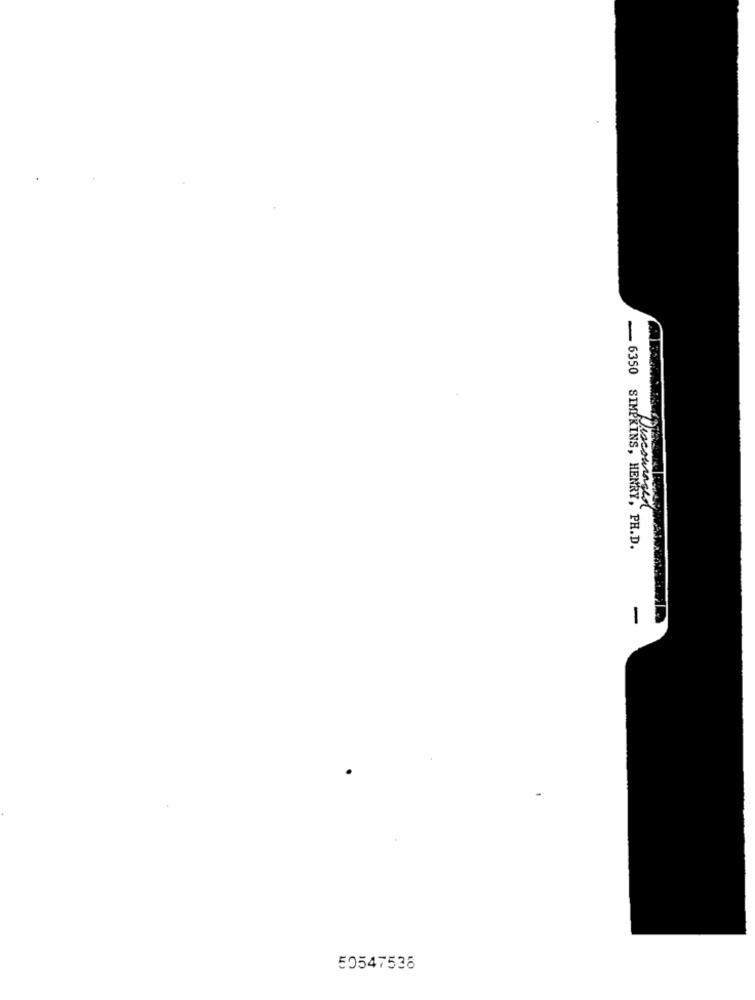
-
Discouraged
. 6350 SIMPKINS, HENRY, PH.D.
-
50547536